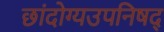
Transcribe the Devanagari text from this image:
छांदोग्यउपनिषद्